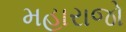
મહારાજો